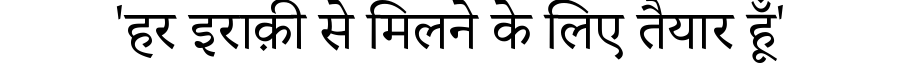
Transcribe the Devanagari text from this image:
'हर इराक़ी से मिलने के लिए तैयार हूँ'